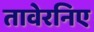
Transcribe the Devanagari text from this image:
तावेरनिए